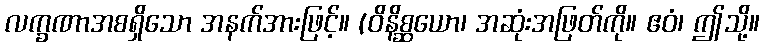
လက္ခဏာအစရှိသော အနက်အားဖြင့်။ (ဝိနိစ္ဆယော၊ အဆုံးအဖြတ်ကို။ ဧဝံ၊ ဤသို့။